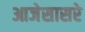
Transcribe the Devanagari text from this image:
आजेसासरे